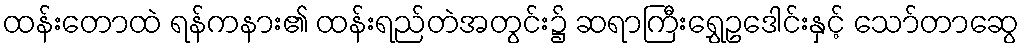
ထန်းတောထဲ ရန်ကနား၏ ထန်းရည်တဲအတွင်း၌ ဆရာကြီးရွှေဥဒေါင်းနှင့် သော်တာဆွေ